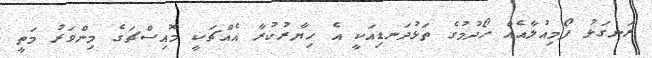
ރަނގަޅު ފޯމިއުލާއެއް ހޯދުމުގެ ތަޅުދަނޑިއަކީ އެ ހިޔާރުކުރާ އެއްޗަކީ މޮއިސްޗަގެ މިންވަރު މަތީ